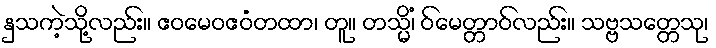
နှသကဲ့သို့လည်း။ ဧဝမေဝဧဝံတထာ၊ တူ။ တသ္မိံ၊ ဝ်မေတ္တာဝ်လည်း။ သဗ္ဗသတ္တေသု၊